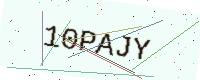
Text: 10PAJY